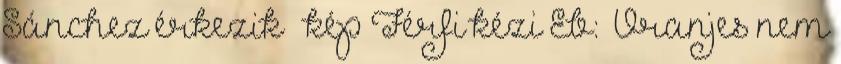
Sánchez érkezik – kép Férfi kézi Eb: „Vranjes nem